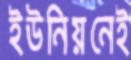
ইউনিয়নেই